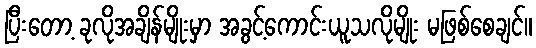
ပြီးတော့ ခုလိုအချိန်မျိုးမှာ အခွင့်ကောင်းယူသလိုမျိုး မဖြစ်စေချင်။